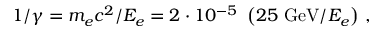
1 / \gamma = m _ { e } c ^ { 2 } / E _ { e } = 2 \cdot 1 0 ^ { - 5 } \ \left( 2 5 \ \mathrm { G e V } / E _ { e } \right) \, ,